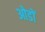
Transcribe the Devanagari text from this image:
ओडों